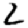
Digit: 2